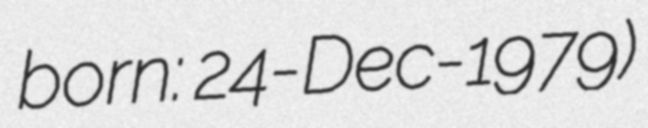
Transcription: born: 24-Dec-1979)